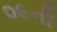
૦૯ની